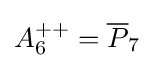
A_{6}^{++}={\overline {P}}_{7}